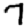
Digit: 7